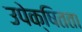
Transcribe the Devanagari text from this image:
उपेक्षितता